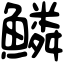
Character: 鱗